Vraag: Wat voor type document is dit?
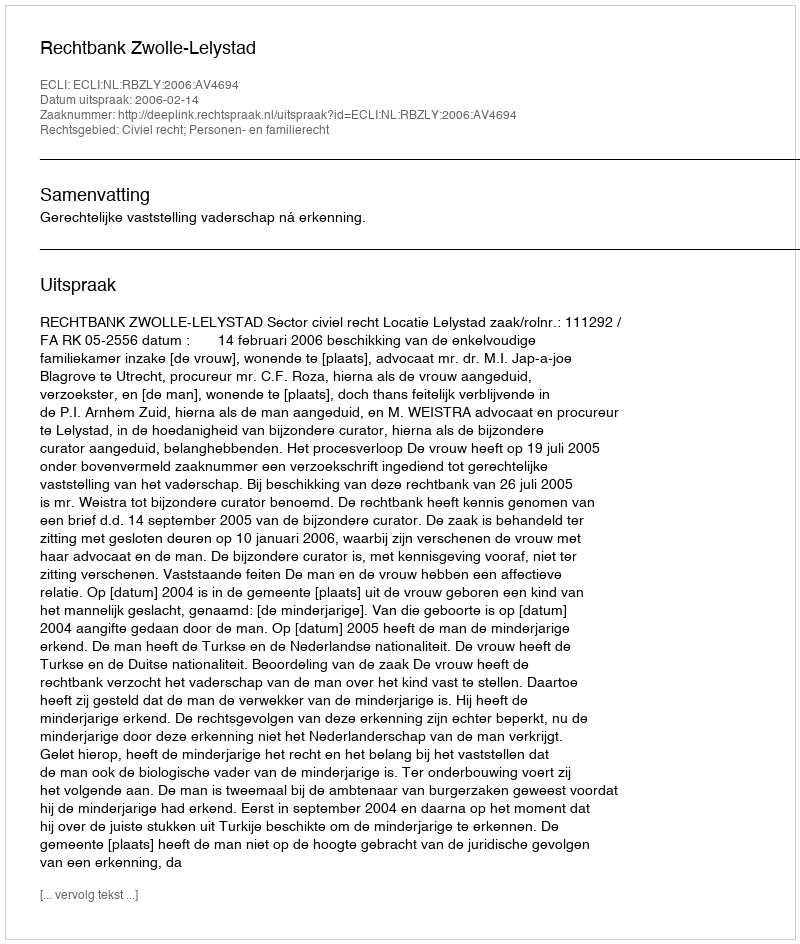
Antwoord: Uitspraak